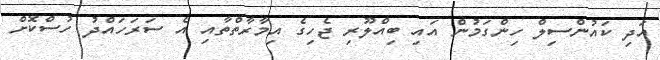
އަދި ކައުންސިލް ހިންގަމުން އައި ބިއްލޫރި ޖެހިގެ އިމާރާތްތާއި އެ ސަރަހައްދު ހުސްކޮށް